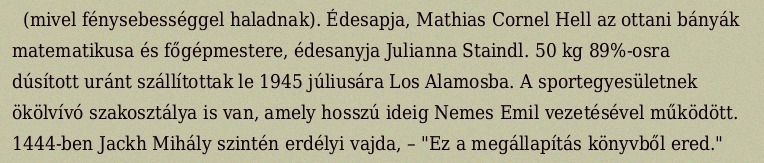
(mivel fénysebességgel haladnak). Édesapja, Mathias Cornel Hell az ottani bányák matematikusa és főgépmestere, édesanyja Julianna Staindl. 50 kg 89%-osra dúsított uránt szállítottak le 1945 júliusára Los Alamosba. A sportegyesületnek ökölvívó szakosztálya is van, amely hosszú ideig Nemes Emil vezetésével működött. 1444-ben Jackh Mihály szintén erdélyi vajda, – "Ez a megállapítás könyvből ered."